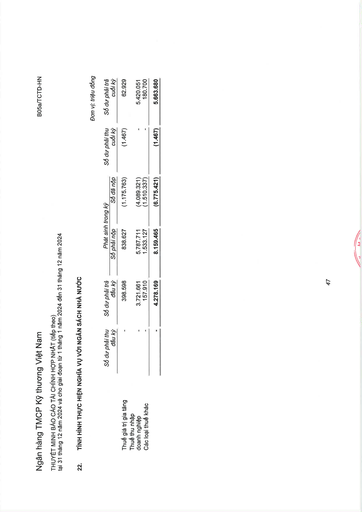
||Số dư phải thu|Số dư phải trả|Phát sinh|trong kỳ|Số dư phải thu|Số dư phải trả| |---|---|---|---|---|---|---| ||đầu kỳ|đầu kỳ|Số phải nộp|Số đã nộp|cuối kỳ|cuối kỳ| |Thuế giá trị gia tăng|-|398.598|838.627|(1.175.763)|(1.467)|62.929| |Thuế thu nhập doanh nghiệp|-|3.721.661|5.787.711|(4.089.321)|-|5.420.051| |Các loại thuế khác|-|157.910|1.533.127|(1.510.337)|-|180.700| ||-|4.278.169|8.159.465|(6.775.421)|(1.467)|5.663.680|